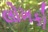
લોખકો